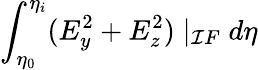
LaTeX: \int_{\eta_{0}}^{\eta_{i}}(E_{y}^{2}+E_{z}^{2})\mid_{\mathcal{I}F}d\eta